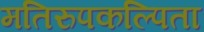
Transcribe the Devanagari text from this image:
मतिरुपकल्पिता